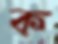
ক